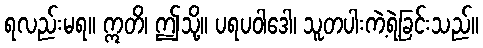
ရလည်းမရ။ ဣတိ၊ ဤသို့။ ပရပဝါဒေါ၊ သူတပါးကဲ့ရဲ့ခြင်းသည်။